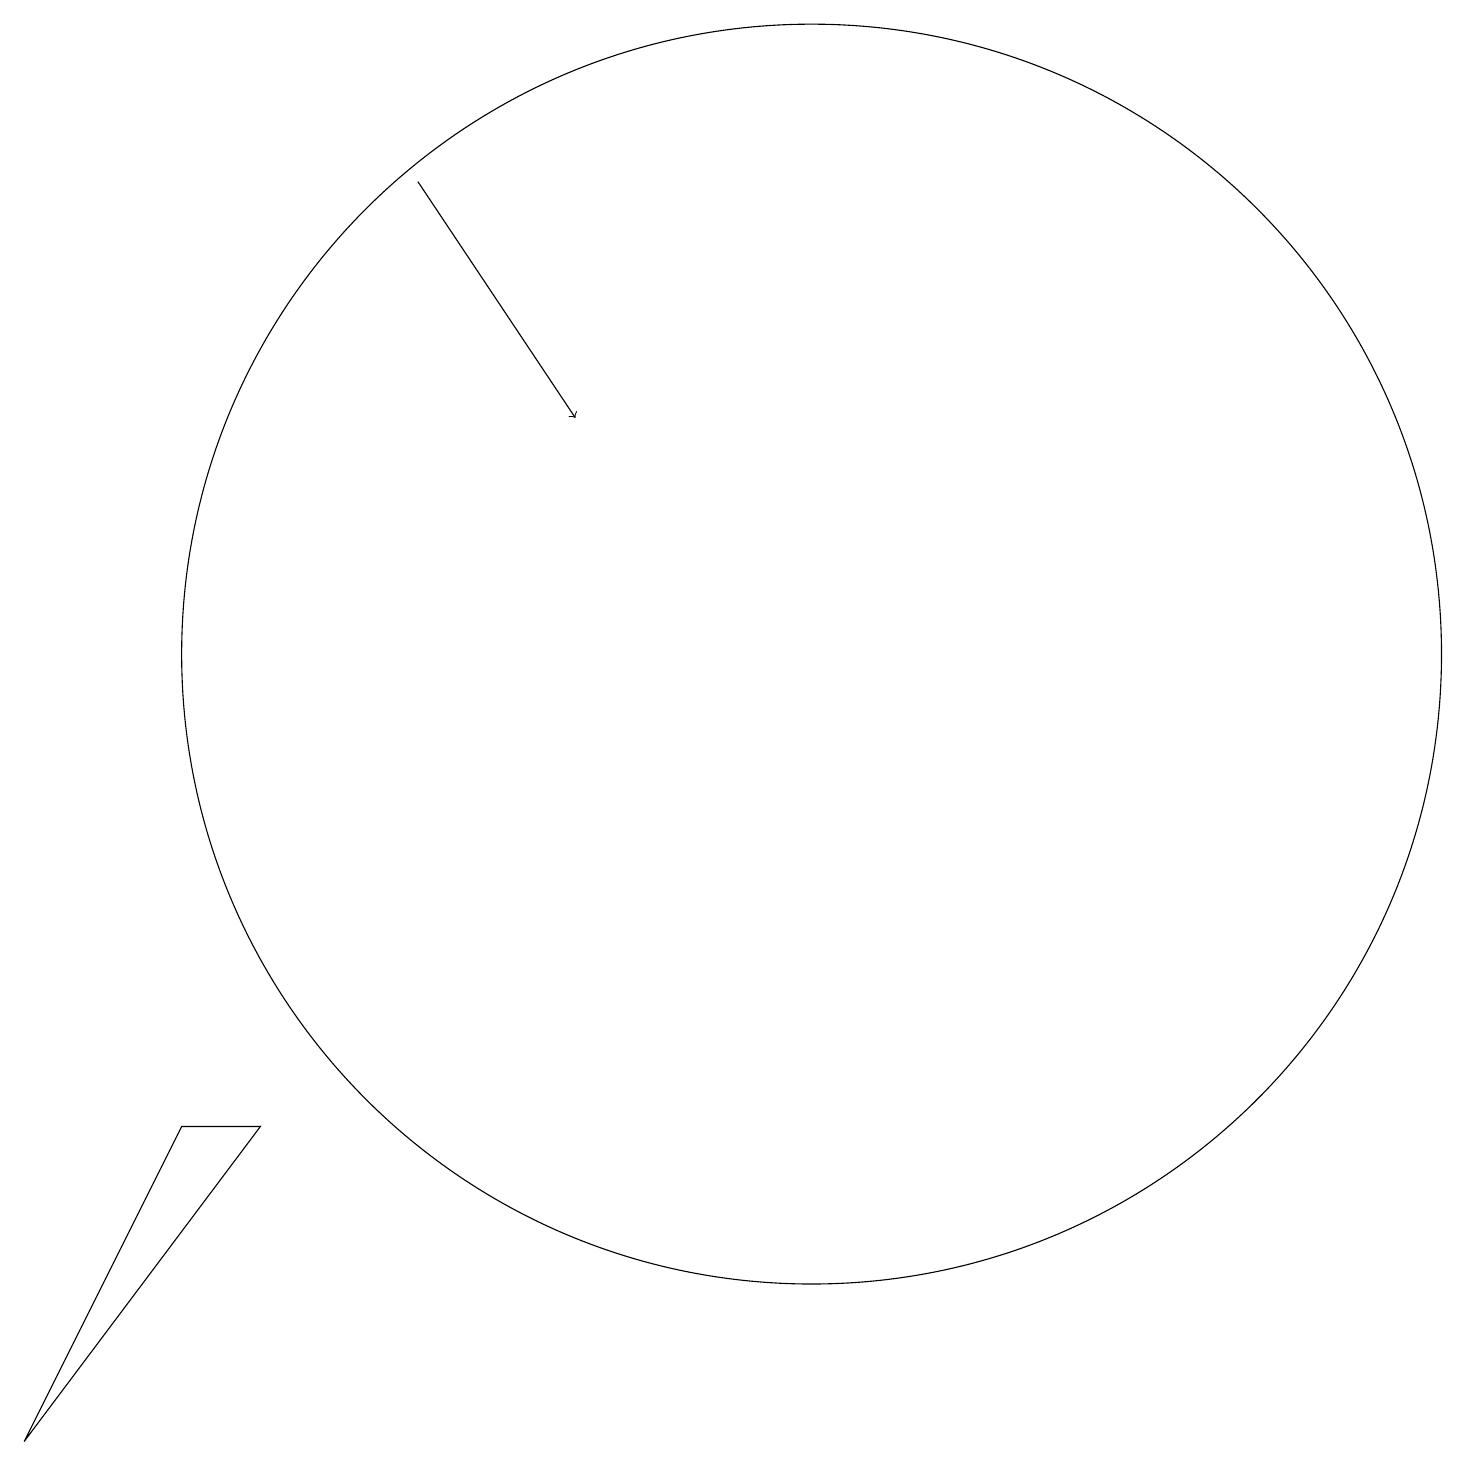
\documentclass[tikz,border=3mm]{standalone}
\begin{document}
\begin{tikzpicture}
\draw (11,10) circle (8);
\draw[->] (6,16) -- (8,13);
\draw (4,4) -- (3,4) -- (1,0) -- cycle;
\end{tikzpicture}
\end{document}